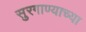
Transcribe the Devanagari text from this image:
सुरगाण्याच्या